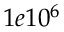
1 e 1 0 ^ { 6 }